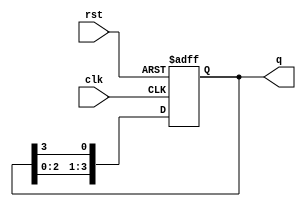
module bistable_ring_counter (
    input wire clk,       // Clock signal
    input wire rst,       // Asynchronous reset signal
    output reg [3:0] q    // 4-bit output representing the state of the counter
);

    // Initialization
    initial begin
        q = 4'b1000; // Set initial state to 1000
    end

    // On each clock edge
    always @(posedge clk or posedge rst) begin
        if (rst) begin
            // Reset state
            q <= 4'b1000; // Reset to initial state 1000
        end else begin
            // Shift the '1' through the counter
            q <= {q[2:0], q[3]}; // Shift left, with the output of the last flip-flop fed back to the first
        end
    end

endmodule